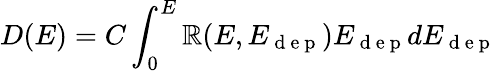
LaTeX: D(E)=C\int_{0}^{E}\mathbb{R}(E,E_{\mathrm{{~d~e~p~}}})E_{\mathrm{{~d~e~p~}}}dE_{\mathrm{{~d~e~p~}}}